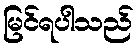
မြင်ရပါသည်